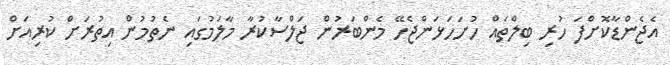
އެޖެންޑާކޮށްފަ ހުރި ބިލްތައް ހުށަހަޅަންޖެހޭ މެންބަރުން ޖަލްސާކުރާ މާލަމުގައި ނެތުމުން އިތުރަށް ކުރިއަށް